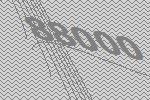
88000